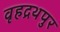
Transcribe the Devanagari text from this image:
वृहद्रथपुर